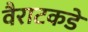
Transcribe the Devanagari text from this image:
वैराटकडे